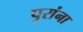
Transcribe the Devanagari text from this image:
पुरांना